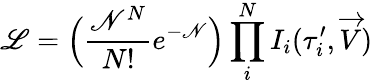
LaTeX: \mathscr{L}=\Big(\frac{\mathscr{N}^{N}}{N!}e^{-\mathscr{N}}\Big)\prod_{i}^{N}I_{i}({\tau}_{i}^{\prime},\overrightarrow{V})